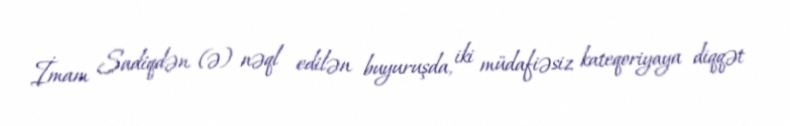
İmam Sadiqdən (ə) nəql edilən buyuruşda, iki müdafiəsiz kateqoriyaya diqqət